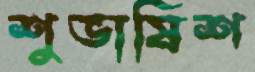
শুভাষিশ